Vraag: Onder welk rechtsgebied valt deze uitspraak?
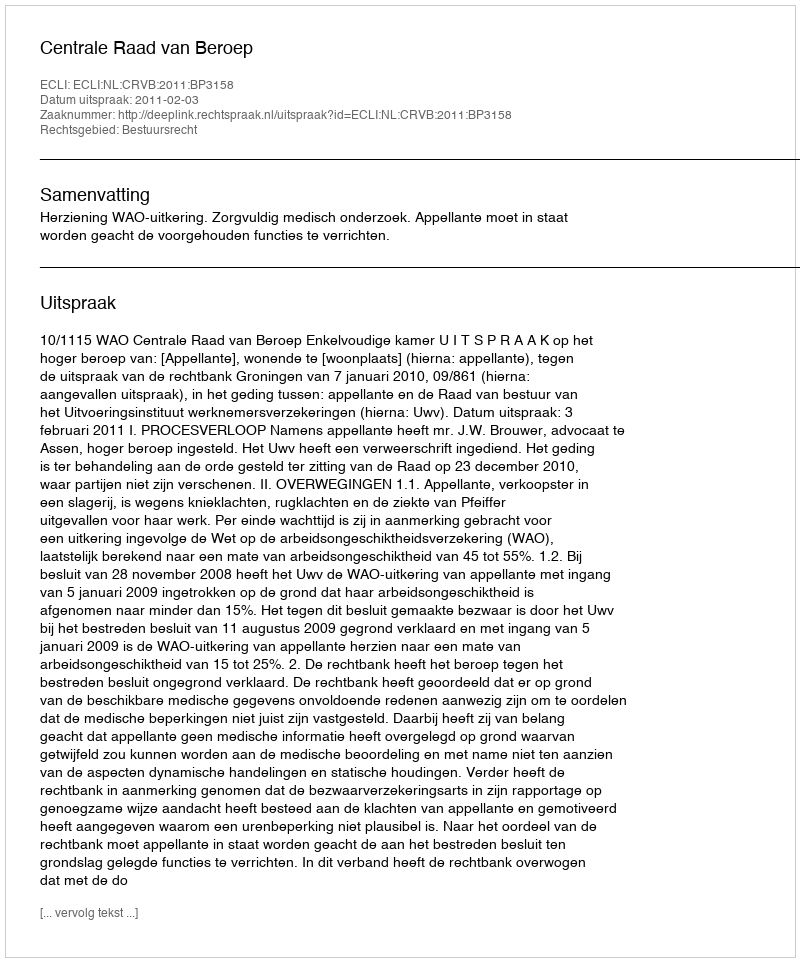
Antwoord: Bestuursrecht